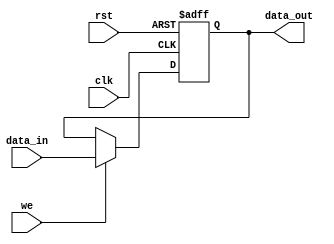
//////////////////////////////////////////////////////////////////////
////                                                              ////
////  can_register_asyn.v                                         ////
////                                                              ////
////                                                              ////
////  This file is part of the CAN Protocol Controller            ////
////  http://www.opencores.org/projects/can/                      ////
////                                                              ////
////                                                              ////
////  Author(s):                                                  ////
////       Igor Mohor                                             ////
////       igorm@opencores.org                                    ////
////                                                              ////
////                                                              ////
////  All additional information is available in the README.txt   ////
////  file.                                                       ////
////                                                              ////
//////////////////////////////////////////////////////////////////////
////                                                              ////
//// Copyright (C) 2002, 2003, 2004 Authors                       ////
////                                                              ////
//// This source file may be used and distributed without         ////
//// restriction provided that this copyright statement is not    ////
//// removed from the file and that any derivative work contains  ////
//// the original copyright notice and the associated disclaimer. ////
////                                                              ////
//// This source file is free software; you can redistribute it   ////
//// and/or modify it under the terms of the GNU Lesser General   ////
//// Public License as published by the Free Software Foundation; ////
//// either version 2.1 of the License, or (at your option) any   ////
//// later version.                                               ////
////                                                              ////
//// This source is distributed in the hope that it will be       ////
//// useful, but WITHOUT ANY WARRANTY; without even the implied   ////
//// warranty of MERCHANTABILITY or FITNESS FOR A PARTICULAR      ////
//// PURPOSE.  See the GNU Lesser General Public License for more ////
//// details.                                                     ////
////                                                              ////
//// You should have received a copy of the GNU Lesser General    ////
//// Public License along with this source; if not, download it   ////
//// from http://www.opencores.org/lgpl.shtml                     ////
////                                                              ////
//// The CAN protocol is developed by Robert Bosch GmbH and       ////
//// protected by patents. Anybody who wants to implement this    ////
//// CAN IP core on silicon has to obtain a CAN protocol license  ////
//// from Bosch.                                                  ////
////                                                              ////
//////////////////////////////////////////////////////////////////////
//
// CVS Revision History
//
// $Log: not supported by cvs2svn $
// Revision 1.6  2003/03/20 16:58:50  mohor
// unix.
//
// Revision 1.4  2003/03/11 16:32:34  mohor
// timescale.v is used for simulation only.
//
// Revision 1.3  2003/02/09 02:24:33  mohor
// Bosch license warning added. Error counters finished. Overload frames
// still need to be fixed.
//
// Revision 1.2  2002/12/27 00:12:52  mohor
// Header changed, testbench improved to send a frame (crc still missing).
//
// Revision 1.1.1.1  2002/12/20 16:39:21  mohor
// Initial
//
//
//

// synopsys translate_off
//////////////////////////////////////////////////////////////////////
////                                                              ////
////  timescale.v                                                 ////
////                                                              ////
////                                                              ////
////  This file is part of the CAN Protocol Controller            ////
////  http://www.opencores.org/projects/can/                      ////
////                                                              ////
////                                                              ////
////  Author(s):                                                  ////
////       Igor Mohor                                             ////
////       igorm@opencores.org                                    ////
////                                                              ////
////                                                              ////
////  All additional information is available in the README.txt   ////
////  file.                                                       ////
////                                                              ////
//////////////////////////////////////////////////////////////////////
////                                                              ////
//// Copyright (C) 2002, 2003 Authors                             ////
////                                                              ////
//// This source file may be used and distributed without         ////
//// restriction provided that this copyright statement is not    ////
//// removed from the file and that any derivative work contains  ////
//// the original copyright notice and the associated disclaimer. ////
////                                                              ////
//// This source file is free software; you can redistribute it   ////
//// and/or modify it under the terms of the GNU Lesser General   ////
//// Public License as published by the Free Software Foundation; ////
//// either version 2.1 of the License, or (at your option) any   ////
//// later version.                                               ////
////                                                              ////
//// This source is distributed in the hope that it will be       ////
//// useful, but WITHOUT ANY WARRANTY; without even the implied   ////
//// warranty of MERCHANTABILITY or FITNESS FOR A PARTICULAR      ////
//// PURPOSE.  See the GNU Lesser General Public License for more ////
//// details.                                                     ////
////                                                              ////
//// You should have received a copy of the GNU Lesser General    ////
//// Public License along with this source; if not, download it   ////
//// from http://www.opencores.org/lgpl.shtml                     ////
////                                                              ////
//// The CAN protocol is developed by Robert Bosch GmbH and       ////
//// protected by patents. Anybody who wants to implement this    ////
//// CAN IP core on silicon has to obtain a CAN protocol license  ////
//// from Bosch.                                                  ////
////                                                              ////
//////////////////////////////////////////////////////////////////////
//
// CVS Revision History
//
// $Log: not supported by cvs2svn $
// Revision 1.2  2002/12/27 00:12:48  mohor
// Header changed, testbench improved to send a frame (crc still missing).
//
// Revision 1.1.1.1  2002/12/20 16:39:21  mohor
// Initial
//
//
//


`timescale 1ns/10ps
// synopsys translate_on


module can_register_asyn
( data_in,
  data_out,
  we,
  clk,
  rst
);

parameter WIDTH = 8; // default parameter of the register width
parameter RESET_VALUE = 0;

input [WIDTH-1:0] data_in;
input             we;
input             clk;
input             rst;

output [WIDTH-1:0] data_out;
reg    [WIDTH-1:0] data_out;



always @ (posedge clk or posedge rst)
begin
  if (rst)                            // asynchronous reset
    data_out<=#1 RESET_VALUE;
  else if (we)                        // write
    data_out<=#1 data_in;
end



endmodule